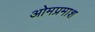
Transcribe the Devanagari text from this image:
ओमप्रमाश